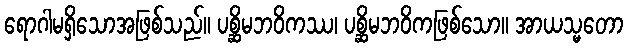
ရောဂါမရှိသောအဖြစ်သည်။ ပစ္ဆိမဘဝိကဿ၊ ပစ္ဆိမဘဝိကဖြစ်သော။ အာယသ္မတော